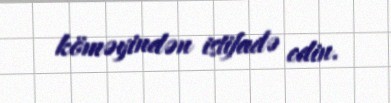
köməyindən istifadə edin.